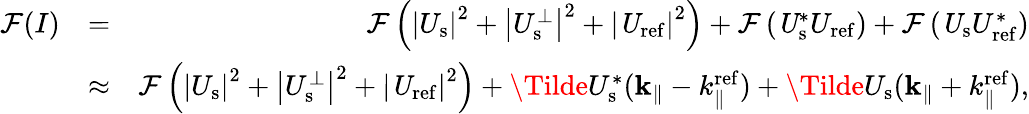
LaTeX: \begin{array}{rlr}{\mathcal{F}(I)}&{=}&{\mathcal{F}\left({\left|U_{\mathrm{s}}\right|}^{2}+\left|U_{\mathrm{s}}^{\perp}\right|^{2}+{\left|\mathit U_{\mathrm{ref}}\right|}^{2}\right)+\mathcal{F}\left(\mathit U_{\mathrm{s}}^{\ast}U_{\mathrm{ref}}\right)+\mathcal{F}\left(\mathit U_{\mathrm{s}}U_{\mathrm{ref}}^{\ast}\right)}\\ &{\approx}&{\mathcal{F}\left({\left|U_{\mathrm{s}}\right|}^{2}+\left|U_{\mathrm{s}}^{\perp}\right|^{2}+{\left|\mathit U_{\mathrm{ref}}\right|}^{2}\right)+\mathit\Tilde{U}_{\mathrm{s}}^{\ast}(\mathbf k_{\parallel}-k_{\parallel}^{\mathrm{ref}})+\mathit\Tilde{U}_{\mathrm{s}}(\mathbf k_{\parallel}+k_{\parallel}^{\mathrm{ref}}),}\end{array}